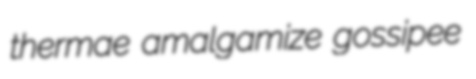
thermae amalgamize gossipee